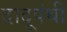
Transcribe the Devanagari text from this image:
दादूपंथी